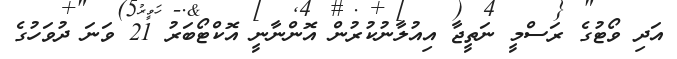
އަދި ވޯޓުގެ ރަސްމީ ނަތީޖާ އިއުލާނުކުރުން އޮންނާނީ އޮކްޓޯބަރު 21 ވަނަ ދުވަހުގެ